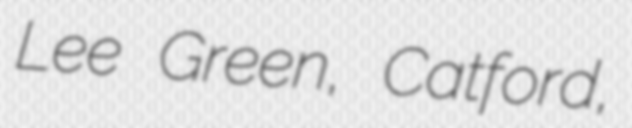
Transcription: Lee Green, Catford,